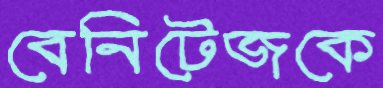
বেনিটেজকে